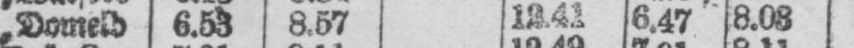
„ Domeld. 6.53 8.57 12.41 6.47 8.08